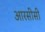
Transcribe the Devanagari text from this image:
आरसीसी